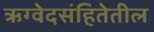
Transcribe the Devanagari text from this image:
ऋग्वेदसंहितेतील